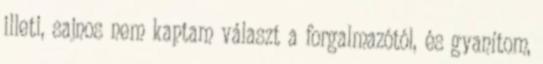
illeti, sajnos nem kaptam választ a forgalmazótól, és gyanítom,